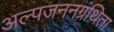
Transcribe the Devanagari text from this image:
अल्पजननग्रंथिता